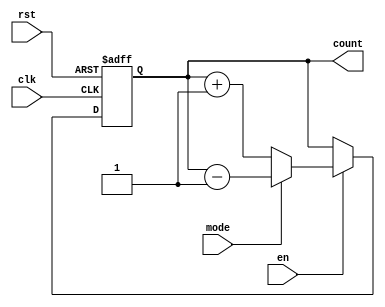
module ChainedParallelCounter #(
    parameter N = 4 // Number of bits in the counter
)(
    input wire clk,          // Clock signal
    input wire rst,          // Asynchronous reset signal
    input wire en,           // Count enable signal
    input wire mode,         // Mode control signal (0 for up, 1 for down)
    output reg [N-1:0] count // Current count value
);

    // Always block for synchronous counting
    always @(posedge clk or posedge rst) begin
        if (rst) begin
            count <= 0; // Reset the counter to zero
        end else if (en) begin
            if (mode == 1'b0) begin
                // Count up
                count <= count + 1;
            end else begin
                // Count down
                count <= count - 1;
            end
        end
    end

endmodule